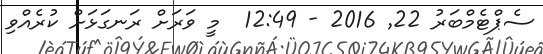
ސެޕްޓެމްބަރު 22